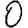
Digit: 0